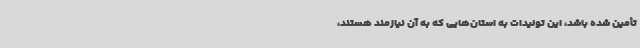
تأمین شده باشد، این تولیدات به استان‌هایی که به آن نیازمند هستند،